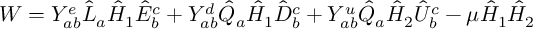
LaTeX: W = Y _ { a b } ^ { e } \hat { L } _ { a } \hat { H } _ { 1 } \hat { E } _ { b } ^ { c } + Y _ { a b } ^ { d } \hat { Q } _ { a } \hat { H } _ { 1 } \hat { D } _ { b } ^ { c } + Y _ { a b } ^ { u } \hat { Q } _ { a } \hat { H } _ { 2 } \hat { U } _ { b } ^ { c } - \mu \hat { H } _ { 1 } \hat { H } _ { 2 }